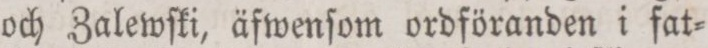
och Zalewſki, äfwenſom ordföranden i fat=